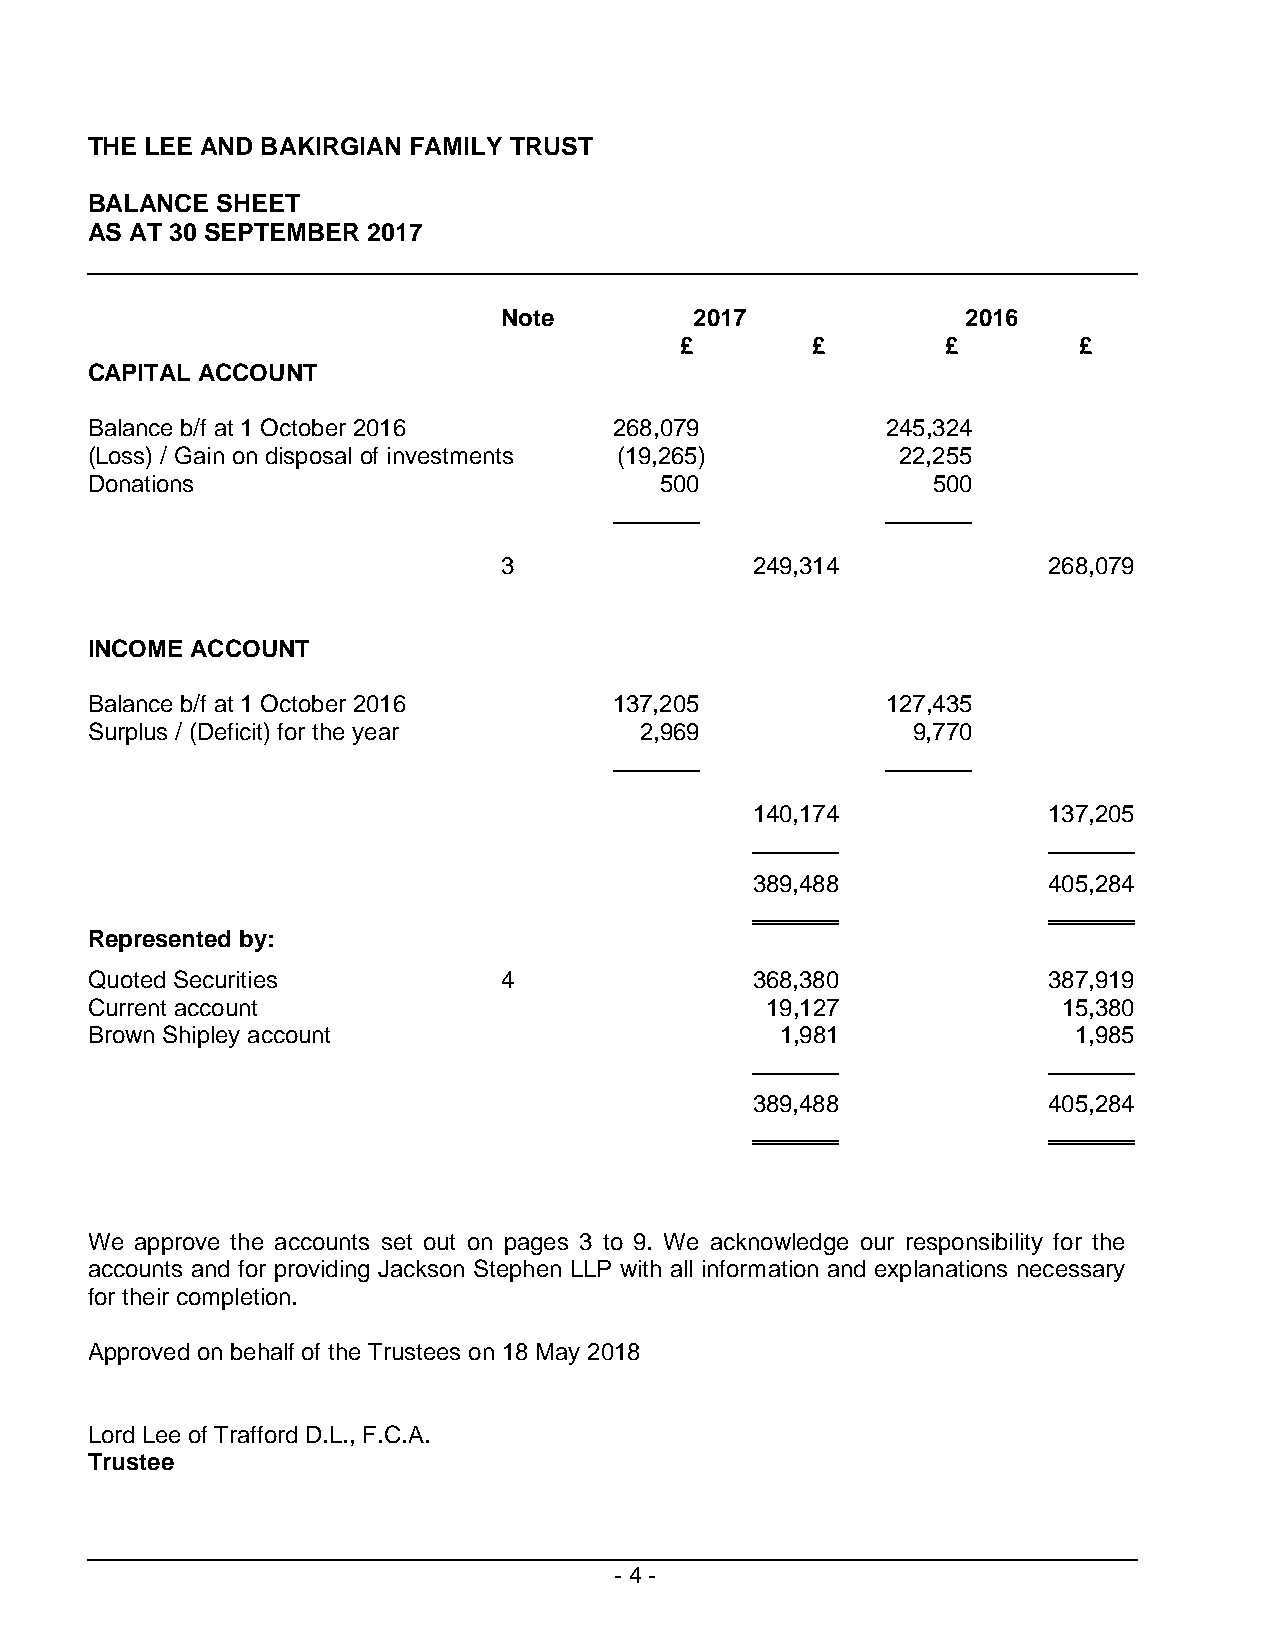
THE LEE AND BAKIRGIAN FAMILY TRUST
 BALANCE SHEET
 AS AT 30 SEPTEMBER 2017
 Note         2017              2016
 £        £        £       £
 CAPITAL ACCOUNT
 Balance b/f at 1 October 2016      268,079           245,324
 (Loss) / Gain on disposal of investments (19,265)    22,255
 Donations                             500               500
 3                249,314            268,079
 INCOME ACCOUNT
 Balance b/f at 1 October 2016      137,205           127,435
 Surplus / (Deficit) for the year    2,969             9,770
 140,174            137,205
 389,488            405,284
 Represented by:
 Quoted Securities          4                368,380            387,919
 Current account                              19,127             15,380
 Brown Shipley account                         1,981              1,985
 389,488            405,284
 We approve the accounts set out on pages 3 to 9. We acknowledge our responsibility for the
 accounts and for providing Jackson Stephen LLP with all information and explanations necessary
 for their completion.
 Approved on behalf of the Trustees on 18 May 2018
 Lord Lee of Trafford D.L., F.C.A.
 Trustee
 - 4 -